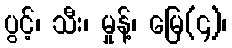
ပွင့်၊ သီး၊ မှုန့်၊ မြေ(၄)၊